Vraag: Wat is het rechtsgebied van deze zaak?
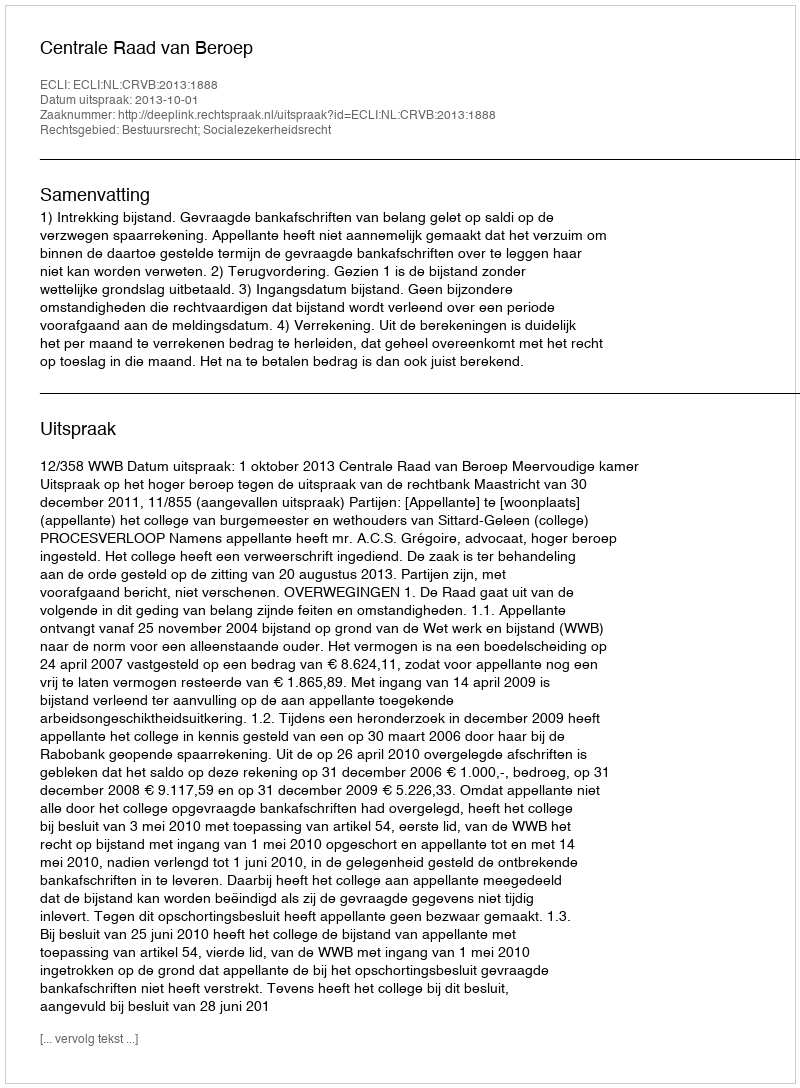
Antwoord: Bestuursrecht; Socialezekerheidsrecht